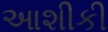
આશીકી